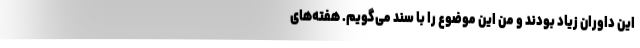
این داوران زیاد بودند و من این موضوع را با سند می‌گویم. هفته‌های